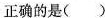
正确的是（）